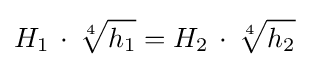
H_{1}\,\cdot \,{\sqrt[{4}]{h_{1}}}=H_{2}\,\cdot \,{\sqrt[{4}]{h_{2}}}